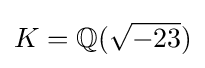
K=\mathbb {Q} ({\sqrt {-23}})